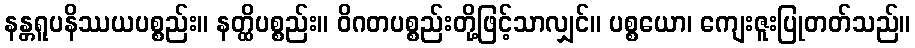
နန္တရူပနိဿယပစ္စည်း။ နတ္ထိပစ္စည်း။ ဝိဂတပစ္စည်းတို့ဖြင့်သာလျှင်။ ပစ္စယော၊ ကျေးဇူးပြုတတ်သည်။